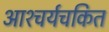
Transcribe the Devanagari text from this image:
आश्‍चर्यचकित